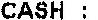
CASH :